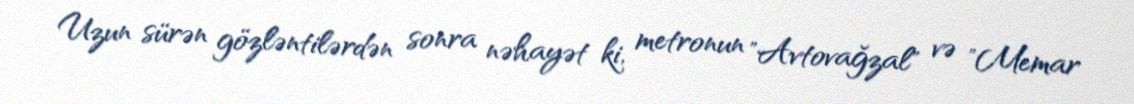
Uzun sürən gözləntilərdən sonra nəhayət ki, metronun "Avtovağzal" və "Memar